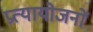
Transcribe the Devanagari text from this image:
प्रत्यायोजनों